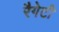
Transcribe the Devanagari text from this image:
रैगेटी